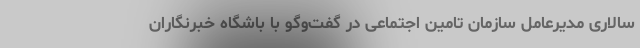
سالاری مدیرعامل سازمان تامین اجتماعی در گفت‌وگو با باشگاه خبرنگاران